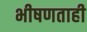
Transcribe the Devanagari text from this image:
भीषणताही